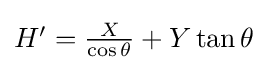
{\textstyle H'={\frac {X}{\cos \theta }}+Y\tan \theta }